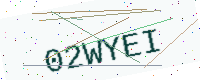
Text: 02WYEI